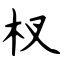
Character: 杈